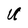
Character: U